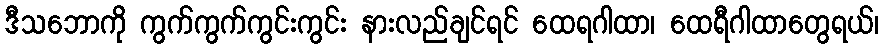
ဒီသဘောကို ကွက်ကွက်ကွင်းကွင်း နားလည်ချင်ရင် ထေရဂါထာ၊ ထေရီဂါထာတွေရယ်၊